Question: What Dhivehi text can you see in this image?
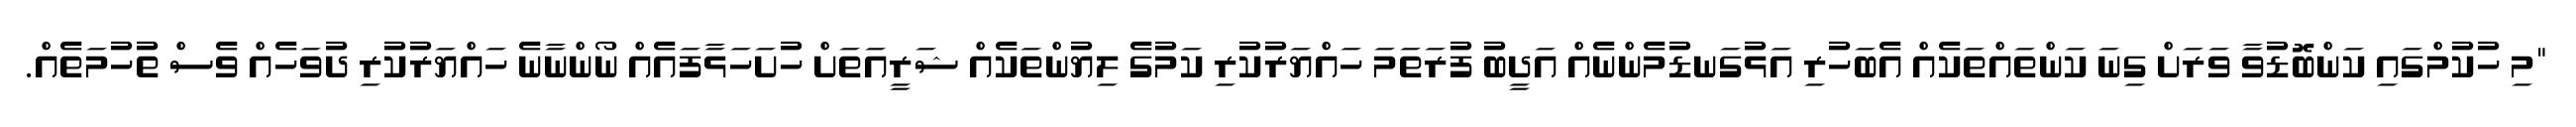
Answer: "މި ހުކުމްގައި ކަންބޮޑުވާ ވަރަށް ގިނަ ކަންތައްތަކެއް އެބަހުރި އަޅުގަނޑުމެންނެއް އަދީބު ފުރަތަމަ ހައްޔަރުކުރި ކަމުގެ ލިޔުންތަކެއް ޝަރީއަތަށް ހުށަހަޅާފައެއް ނޯންނާނެ ހައްޔަރުކުރި ދުވަހެއް ވެސް ތުހުމަތެއް.